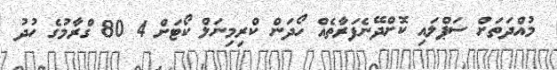
މުއްދަތަށް ސަޕްލައި ކޮށްދޭނެފަރާތެއް ހޯދަން ކްރިމިނަލް ކޯޓަށް 4 80 ގްރާމުގެ ހުދު